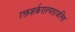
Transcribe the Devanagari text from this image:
रक्तशर्कराल्पताजनित